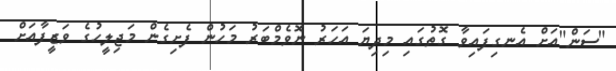
"ސަން"އަށް އެނގިފައިވާ ގޮތުގައި މިދިޔަ އަހަރު ނޮވެމްބަރު މަހުން ފެށިގެން މަޖިލީހުގެ ވަޒީފާއަށް